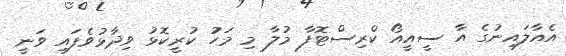
އެއާލައިނުގެ އާ ސީއީއޯ ކްރިސްޓޮފާ މުލާ މި މަހުު ކުރީކޮޅު ވިދާޅުވެފައި ވަނީ